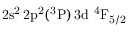
\mathrm { 2 s ^ { 2 } \, 2 p ^ { 2 } ( ^ { 3 } P ) \, 3 d ~ ^ { 4 } F _ { 5 / 2 } }